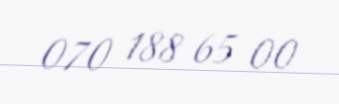
070 188 65 00